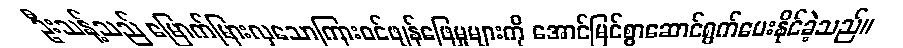
ဦးသန့်သည် မြောက်မြားလှသောကြားဝင်ဖျန်ဖြေမှုများကို အောင်မြင်စွာဆောင်ရွက်ပေးနိုင်ခဲ့သည်။